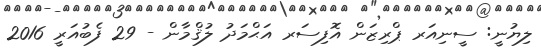
ލިޔުނީ: ސީނިއަރ ޕްރިޒަން އޮފިސަރ އަޙްމަދު ލުޤްމާން - 29 ފެބުއަރީ 2016